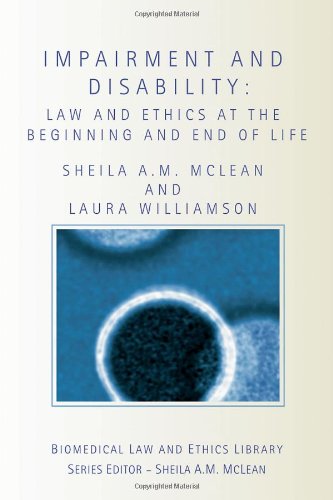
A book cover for Impairment and Disability: Law and Ethics at the Beginning and End of Life (Biomedical Law and Ethics Library); Sheila McLean; Law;